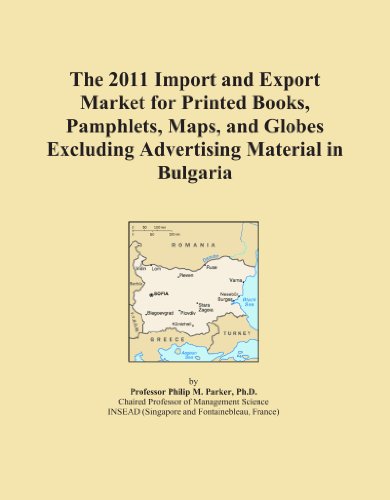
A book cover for The 2011 Import and Export Market for Printed Books, Pamphlets, Maps, and Globes Excluding Advertising Material in Bulgaria; Icon Group International; Travel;